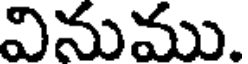
వినుము.